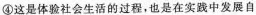
④这是体验社会生活的过程，也是在实践中发展自